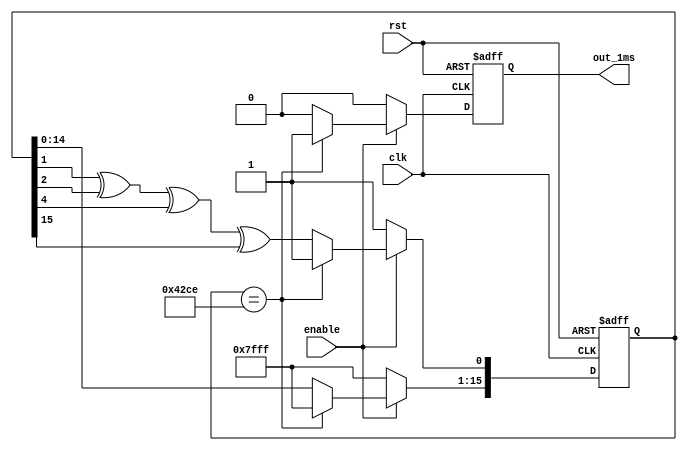
module LFSR_Timer_1ms(rst, clk, enable, out_1ms);
	input clk, rst, enable;
	reg [15:0] LFSR;
	output reg out_1ms;

	parameter 	CYCLE50K 	= 16'b0100001011001110,
			INIT		= 16'b1111111111111111;

	always @(posedge clk, negedge rst)
	begin
		if(rst == 0)
		begin
			LFSR <= INIT;
			out_1ms <= 0;
		end
		else	begin
			if(enable)	begin
				if(LFSR == CYCLE50K)	begin
					out_1ms <= 1;
					LFSR <= INIT;
				end
				else	begin
					LFSR[0] <= LFSR[1] ^ LFSR[2] ^ LFSR[4] ^ LFSR[15];
					LFSR[15:1] <= LFSR[14:0];
					out_1ms <= 0;
				end
			end
			else	begin
				LFSR <= INIT;
				out_1ms <= 0;
			end
		end
	end
endmodule